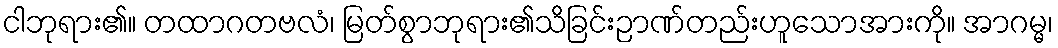
ငါဘုရား၏။ တထာဂတဗလံ၊ မြတ်စွာဘုရား၏သိခြင်းဉာဏ်တည်းဟူသောအားကို။ အာဂမ္မ၊